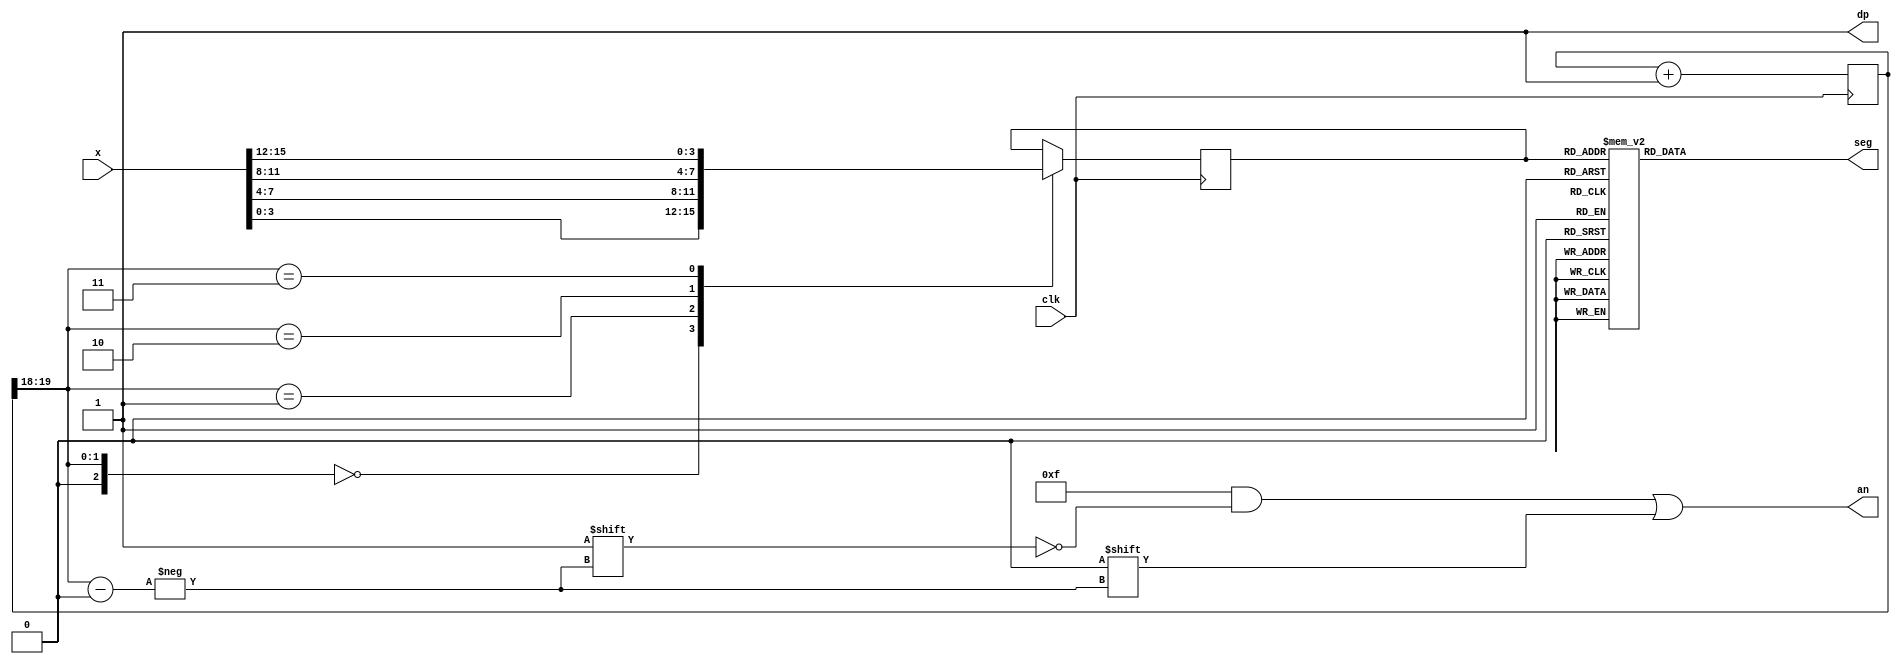
module seg7decimal(

	 input [15:0] x,
    input clk,
    output reg [6:0] seg,
    output reg [3:0] an,
    output reg dp 
	 );
	 
	 
wire [2:0] s;	 
reg [3:0] digit = 4'b0000;
reg [19:0] clkdiv = 20'b00000000000000000000;

initial begin
dp = 1;
seg = 7'b0000000;
an = 4'b1111;
end

assign s = clkdiv[19:18];

// quad 4to1 MUX.


always @(posedge clk)// or posedge clr)
	
	case(s)
	0:digit = x[3:0]; // s is 00 -->0 ;  digit gets assigned 4 bit value assigned to x[3:0]
	1:digit = x[7:4]; // s is 01 -->1 ;  digit gets assigned 4 bit value assigned to x[7:4]
	2:digit = x[11:8]; // s is 10 -->2 ;  digit gets assigned 4 bit value assigned to x[11:8
	3:digit = x[15:12]; // s is 11 -->3 ;  digit gets assigned 4 bit value assigned to x[15:12]	default:digit = x[3:0];
	
	endcase
	
	//decoder or truth-table for 7seg display values
	always @(*)

case(digit)


//////////<---MSB-LSB<---
//////////////gfedcba////////////////////////////////////////////           a
0:seg = 7'b1000000;////0000												   __					
1:seg = 7'b1111001;////0001												f/	  /b
2:seg = 7'b0100100;////0010												  g
//                                                                       __	
3:seg = 7'b0110000;////0011										 	 e /   /c
4:seg = 7'b0011001;////0100										       __
5:seg = 7'b0010010;////0101                                            d  
6:seg = 7'b0000010;////0110
7:seg = 7'b1111000;////0111
8:seg = 7'b0000000;////1000
9:seg = 7'b0010000;////1001
'hA:seg = 7'b0001000; 
'hB:seg = 7'b0000011; 
'hC:seg = 7'b1000110;
'hD:seg = 7'b0100001;
'hE:seg = 7'b0000110;
'hF:seg = 7'b0001110;

default: seg = 7'b0000000; // U

endcase


always @(*)begin
an=4'b1111;
an[s] = 0;
end


//clkdiv

always @(posedge clk) begin
clkdiv <= clkdiv+1;
end


endmodule